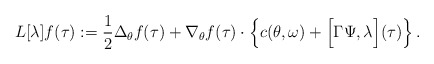
\begin{align*}L[\lambda]f(\tau):= \frac{1}{2}\Delta_{\theta}f(\tau) + \nabla_{\theta} f(\tau) \cdot \left\{c(\theta, \omega) + \Big[\Gamma\Psi, \lambda\Big](\tau)\right\}.\end{align*}